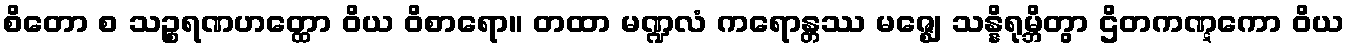
စိတော စ သဉ္စရဏဟတ္ထော ဝိယ ဝိစာရော။ တထာ မဏ္ဍလံ ကရောန္တဿ မဇ္ဈေ သန္နိရုမ္ဘိတွာ ဌိတကဏ္ဋကော ဝိယ